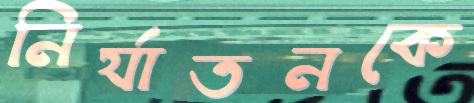
নির্যাতনকে